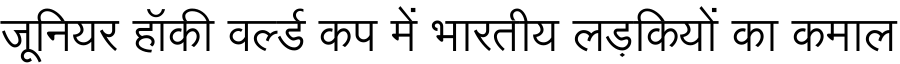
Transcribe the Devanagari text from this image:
जूनियर हॉकी वर्ल्ड कप में भारतीय लड़कियों का कमाल